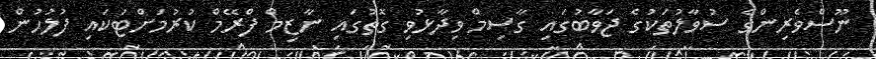
ނޫސްވެރިންގެ ސުވާލުތަކުގެ ޖަވާބުގައި ގާސިމް ވިދާޅުވި ގޮތުގައި ނާޒިމް ފްރޭމް ކުރުމަށްޓަކައި ފުލުހުން